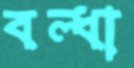
বল্ধা